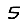
Digit: 5